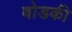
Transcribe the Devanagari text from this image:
बोडकी